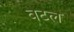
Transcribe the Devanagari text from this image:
वटल